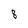
Character: 8